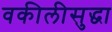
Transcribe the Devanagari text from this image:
वकीलीसुद्धा